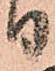
り